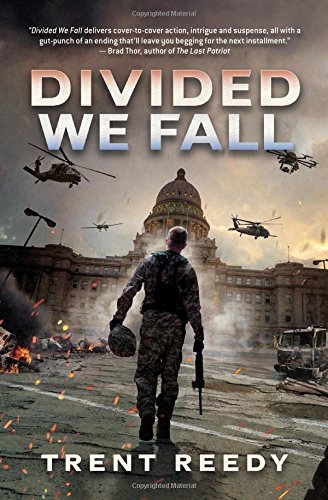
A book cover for Divided We Fall (Divided We Fall Trilogy, Book 1); Trent Reedy; Teen & Young Adult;